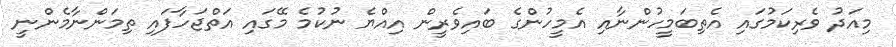
މިއަދު ވެރިކަމުގައި އެތިބަމީހުންނާއި އެމީހުންގެ ބައިވެރީން އިއްޔެ ނުކުމެ މޭގައި އަތްޖަހާފައި ތިމަންނާމެންނީ